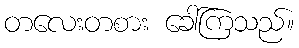
တလေးတစား ခေါ်ကြသည်။